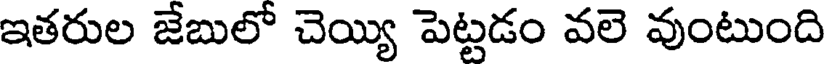
ఇతరుల జేబులో చెయ్యి పెట్టడం వలె వుంటుంది